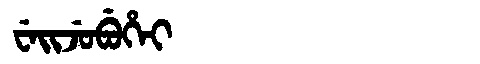
Manchu: ᠸᡝᡳᠵᡠᠪᡠᡥᡝᡳ
Romanization: WEIJUBUHEI